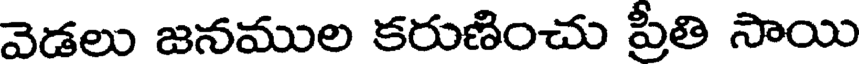
వెడలు జనముల కరుణించు ప్రితి సాయి